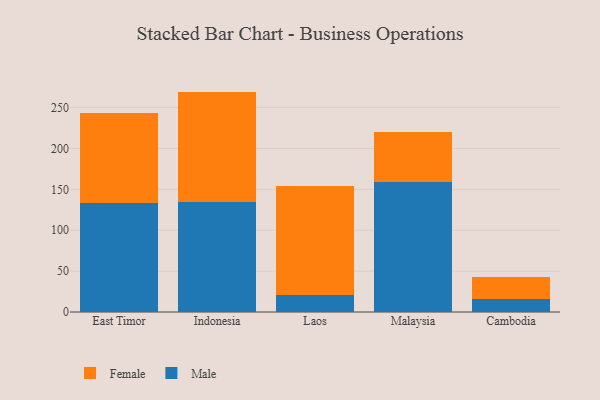
{"axis": {"x": "Country", "y": "Inventory Turnover"}, "legend": ["Female", "Male"], "data": [{"x": "East Timor", "y": 132.7, "type": "Male"}, {"x": "East Timor", "y": 111.1, "type": "Female"}, {"x": "Indonesia", "y": 134.6, "type": "Male"}, {"x": "Indonesia", "y": 134.9, "type": "Female"}, {"x": "Laos", "y": 21.1, "type": "Male"}, {"x": "Laos", "y": 132.7, "type": "Female"}, {"x": "Malaysia", "y": 158.4, "type": "Male"}, {"x": "Malaysia", "y": 62.1, "type": "Female"}, {"x": "Cambodia", "y": 15.8, "type": "Male"}, {"x": "Cambodia", "y": 27.5, "type": "Female"}]}